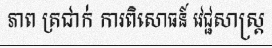
ភាព ត្រជាក់ ការពិសោធន៍ វេជ្ជសាស្ត្រ